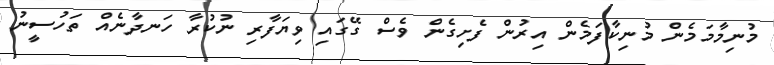
މުނިމާމަމެން މުނިކާފަމެން އިރުން ފެށިގެން ވެސް ގޭގައި ވިޔަފާރި ނުކުރާ ހަނދާނެއް ތަހުސީނު